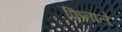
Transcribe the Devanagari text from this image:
फ़िनाले